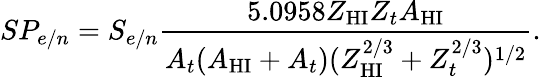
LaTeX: SP_{e/n}=S_{e/n}\frac{5.0958Z_{\mathrm{HI}}Z_{t}A_{\mathrm{HI}}}{A_{t}(A_{\mathrm{HI}}+A_{t})(Z_{\mathrm{HI}}^{2/3}+Z_{t}^{2/3})^{1/2}}.